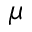
\mu